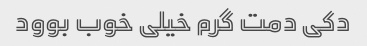
دکی دمت گرم خیلی خوب بوود